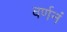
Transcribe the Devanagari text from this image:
वर्णनं